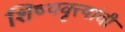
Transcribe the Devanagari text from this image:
शिष्यवृत्त्यांची